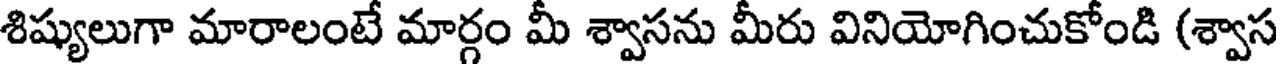
శిష్యులుగా మారాలంటే మార్గం మీ శ్వాసను మీరు వినియోగించుకోండి (శ్వాస